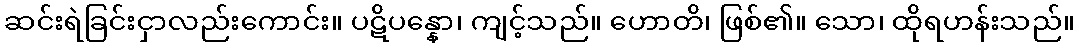
ဆင်းရဲခြင်းငှာလည်းကောင်း။ ပဋိပန္နော၊ ကျင့်သည်။ ဟောတိ၊ ဖြစ်၏။ သော၊ ထိုရဟန်းသည်။